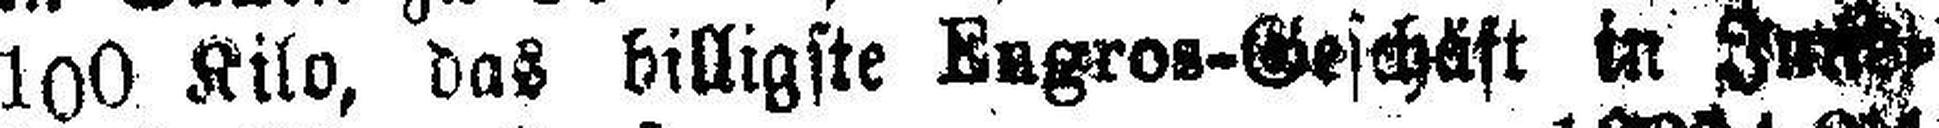
100 Kilo, das billigste Engros-Geschäft in ###¬